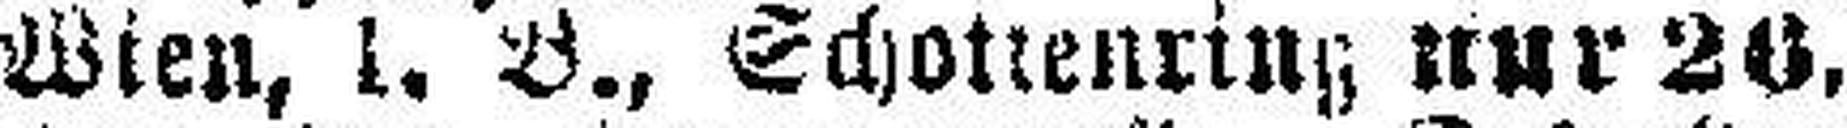
Wien, 1. B., Schotrenring nur 20.